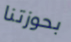
بحوزتنا